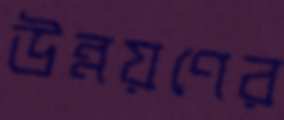
উন্নয়ণের